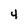
Character: 4